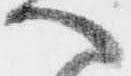
へ